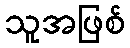
သူအဖြစ်